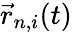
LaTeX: \vec{r}_{n,i}(t)